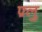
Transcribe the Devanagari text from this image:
फ़्लु